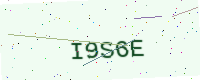
Text: I9S6E